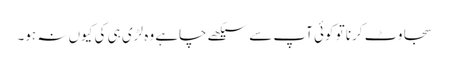
سجاوٹ کرنا تو کوئی آپ سے سیکھے چاہے وہ لڑی ہی کی کیوں نہ ہو۔